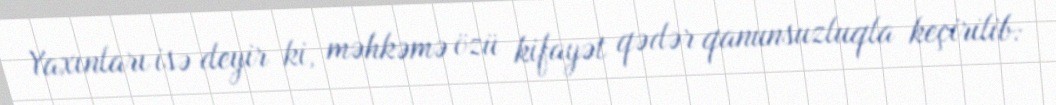
Yaxınları isə deyir ki, məhkəmə özü kifayət qədər qanunsuzluqla keçirilib: